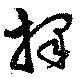
擇